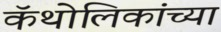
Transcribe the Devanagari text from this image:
कॅथोलिकांच्या